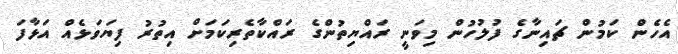
އެހެން ކަމުން ޗައިނާގެ ފުލުހުން މިވަނީ ރައްޔިތުންގެ ރައްކާތެރިކަމަށް އިތުރު ފިޔަވަޅެއް އަޅާފަ